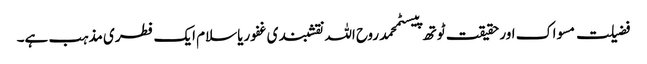
فضیلت مسواک اور حقیقت ٹوتھ پیسٹمحمد روح اللہ نقشبندی غفوریاسلام ایک فطری مذہب ہے۔